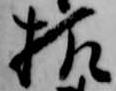
様